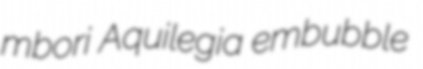
mbori Aquilegia embubble